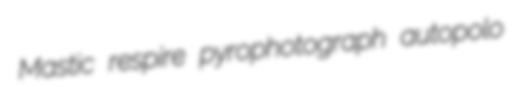
Mastic respire pyrophotograph autopolo